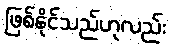
ဖြစ်နိုင်သည်ဟုလည်း